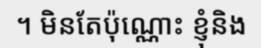
។ មិនតែប៉ុណ្ណោះ ខ្ញុំនិង